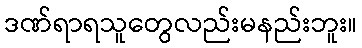
ဒဏ်ရာရသူတွေလည်းမနည်းဘူး။